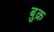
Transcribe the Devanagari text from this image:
बुक्र